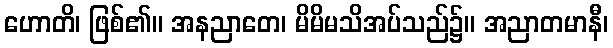
ဟောတိ၊ ဖြစ်၏။ အနညာတေ၊ မိမိမသိအပ်သည်၌။ အညာတမာနီ၊